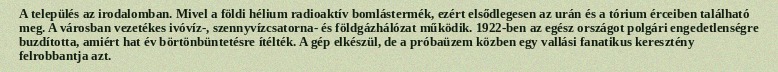
A település az irodalomban. Mivel a földi hélium radioaktív bomlástermék, ezért elsődlegesen az urán és a tórium érceiben található meg. A városban vezetékes ivóvíz-, szennyvízcsatorna- és földgázhálózat működik. 1922-ben az egész országot polgári engedetlenségre buzdította, amiért hat év börtönbüntetésre ítélték. A gép elkészül, de a próbaüzem közben egy vallási fanatikus keresztény felrobbantja azt.